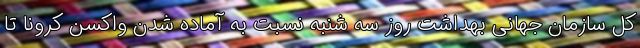
کل سازمان جهانی بهداشت روز سه شنبه نسبت به آماده شدن واکسن کرونا تا